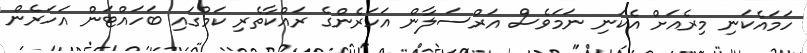
ހަމައެކަނި މިރެއަށް އެކަނި ނަމަވެސް އަރްސަލާން އަހަރެންގެ ރައްކާތެރި ކަމުގައި ބަހައްޓަން އަހަރެން